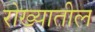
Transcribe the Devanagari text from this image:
रोख्यातील